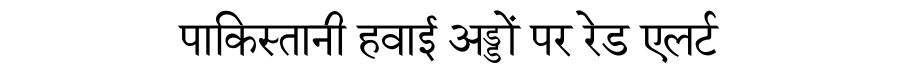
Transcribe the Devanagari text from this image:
पाकिस्तानी हवाई अड्डों पर रेड एलर्ट